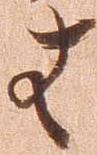
者